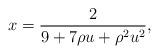
LaTeX: \begin{align*} x = \frac{2}{9 + 7\rho u + \rho^2 u^2},\end{align*}